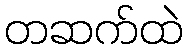
တဆက်ထဲ